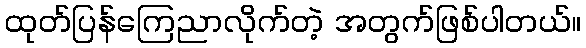
ထုတ်ပြန်ကြေညာလိုက်တဲ့ အတွက်ဖြစ်ပါတယ်။